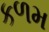
કળમ